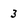
Character: 3